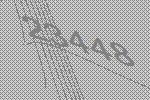
23448